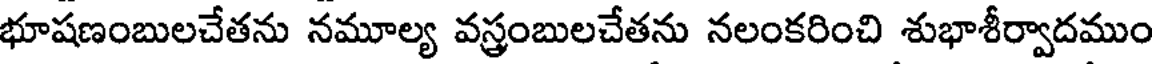
భూషణంబులచేతను నమూల్య వస్త్రంబులచేతను నలంకరించి శుభాశీర్వాదముం